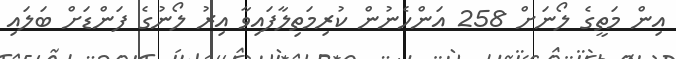
އިން މަތީގެ ލޯނަށް 258 އަންހެނުން ކުރިމަތިލާފައިވާ އިރު ލޯނުގެ ފަންޑަށް ބަލައި